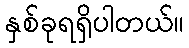
နှစ်ခုရရှိပါတယ်။